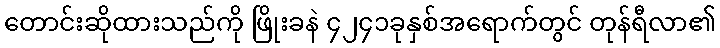
တောင်းဆိုထားသည်ကို ဖြိုးခနဲ ၄၂၄၁ခုနှစ်အရောက်တွင် တုန်ရီလာ၏